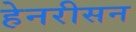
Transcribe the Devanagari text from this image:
हेनरीसन